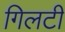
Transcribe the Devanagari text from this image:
गिलटी